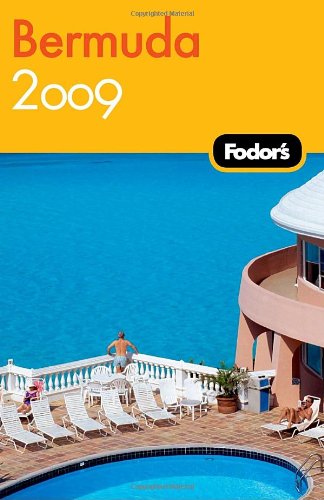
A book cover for Fodor's Bermuda 2009 (Travel Guide); Fodor's; Travel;